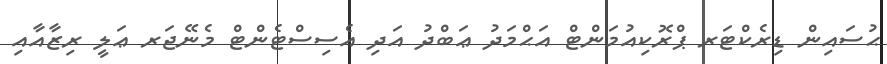
ޙުސައިން ޑިރެކްޓަރ ޕްރޮކިއުމަންޓް އަޙްމަދު ޢަބްދު އަދި އެސިސްޓެންޓް މެނޭޖަރ ޢަލީ ރިޒާއާއި